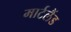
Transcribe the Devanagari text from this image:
मार्टलैंड